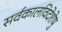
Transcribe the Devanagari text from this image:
सर्वकालविदेशेषु